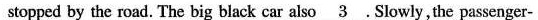
stopped by the road. The big black car also \underline{3}. Slowly,the passenger-